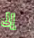
إلى